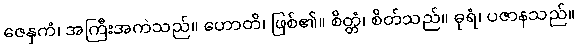
ဇေနှကံ၊ အကြီးအကဲသည်။ ဟောတိ၊ ဖြစ်၏။ စိတ္တံ၊ စိတ်သည်။ ဓုရံ၊ ပဇာနသည်။